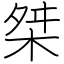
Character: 桀